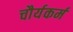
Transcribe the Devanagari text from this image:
चौर्यकर्म